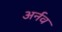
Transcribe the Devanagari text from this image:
अर्नव